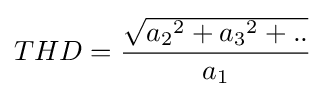
THD={\frac {\sqrt {{a_{2}}^{2}+{a_{3}}^{2}+..}}{a_{1}}}